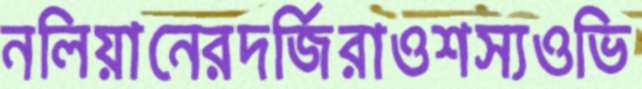
নলিয়ানেরদর্জিরাওশস্যওভি